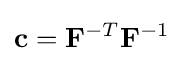
\mathbf {c} =\mathbf {F} ^{-T}\mathbf {F} ^{-1}\,\!